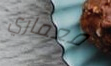
معماري